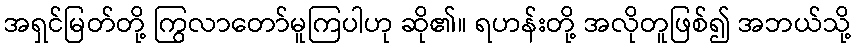
အရှင်မြတ်တို့ ကြွလာတော်မူကြပါဟု ဆို၏။ ရဟန်းတို့ အလိုတူဖြစ်၍ အဘယ်သို့